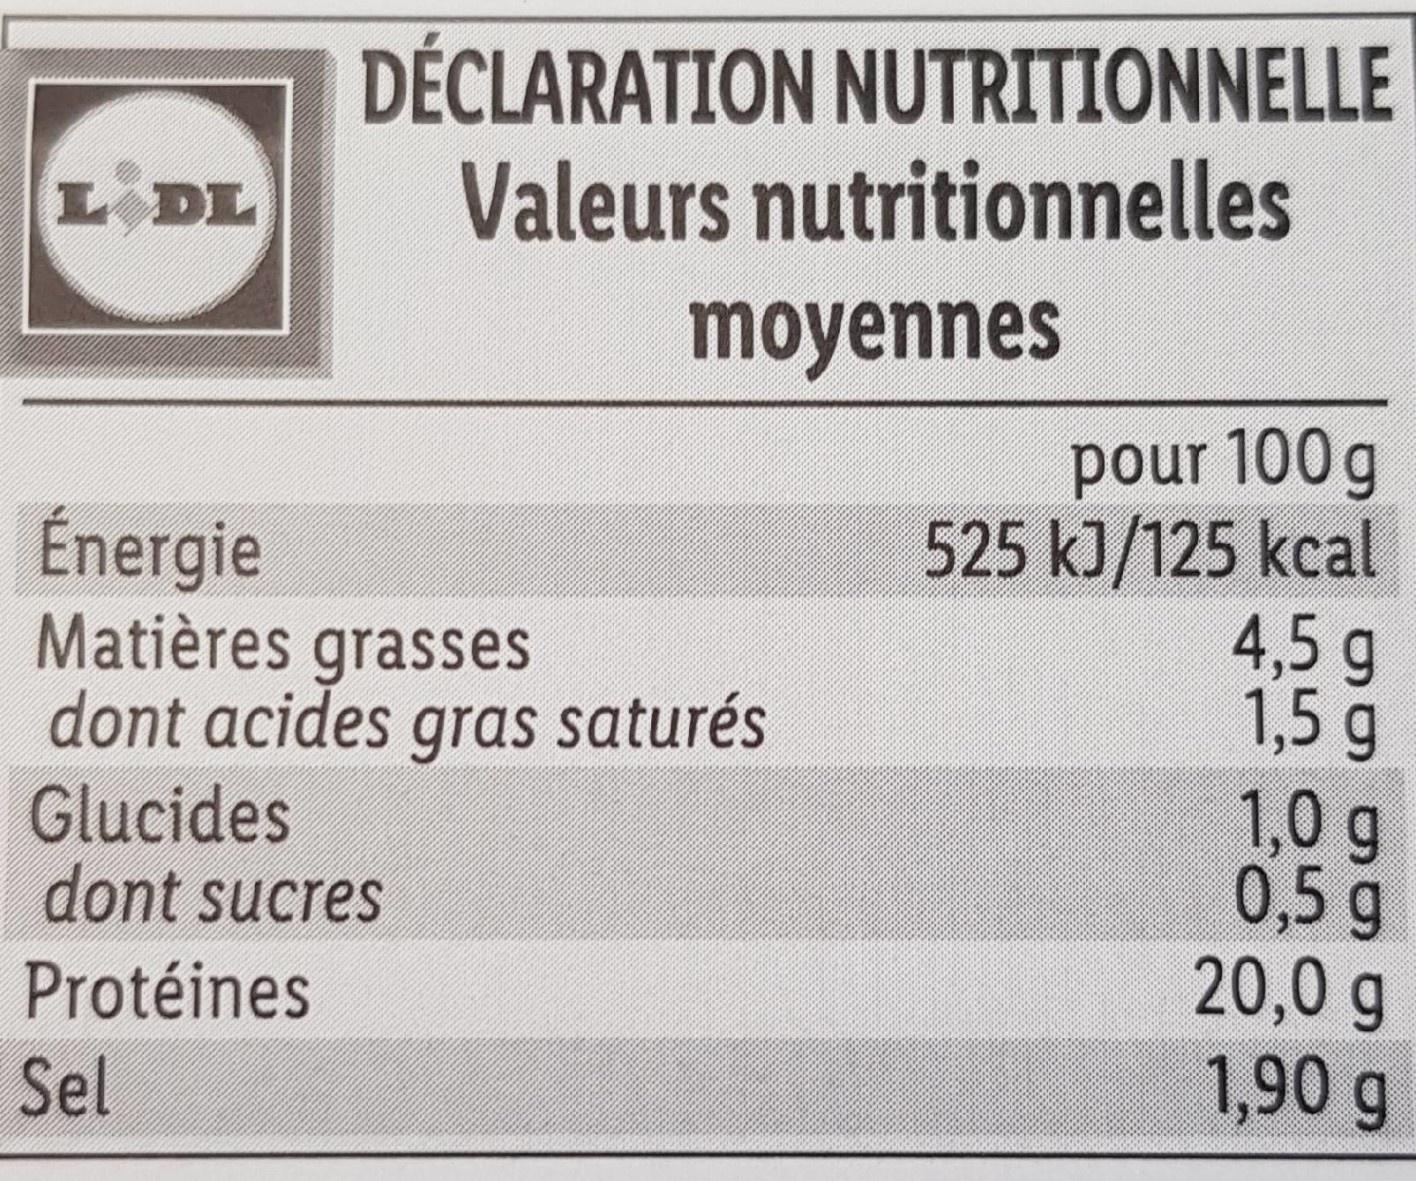
DÉCLARATION NUTRITIONNELLE Valeurs nutritionnelles L DL moyennes pour 100g 525 k]/125 kcal 4,5 g 1,5 g 1,0 g 0,5 g 20,0 g 1,90g Énergie Matières grasses dont acides gras saturés Glucides dont sucres Protéines Sel